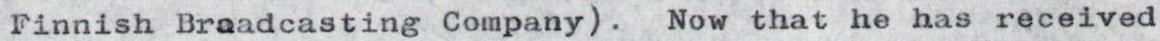
Finnish Broadcasting Company). Now that he has received